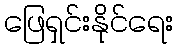
ဖြေရှင်းနိုင်ရေး